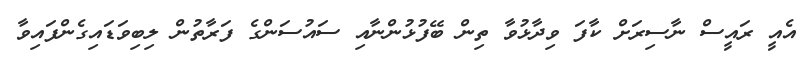
އެއީ ރައީސް ނާސިރަށް ކާފަ ވިދާޅުވާ ތިން ބޭފުޅުންނާއި ސައުސަންގެ ފަރާތުން ލިބިވަޑައިގެންފައިވާ